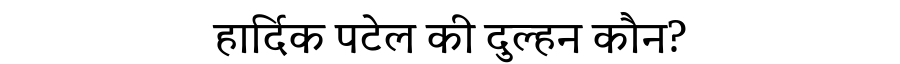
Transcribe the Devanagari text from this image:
हार्दिक पटेल की दुल्हन कौन?